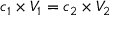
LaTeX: c _ { 1 } \times V _ { 1 } = c _ { 2 } \times V _ { 2 }